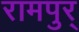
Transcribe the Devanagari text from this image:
रामपुर्